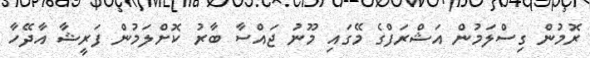
ރޮމުން ގިސްލަމުން އަޝްރަފްގެ މޭގައި މޫނު ޖައްސާ ބާރު ކޮށްލަމުން ފަރީޝާ އާދޭހާ